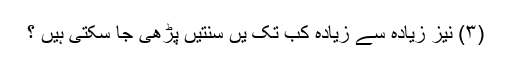
(۳) نیز زیادہ سے زیادہ کب تک یں سنتیں پڑھی جا سکتی ہیں ؟